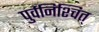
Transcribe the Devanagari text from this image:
पुर्वनिश्चित्